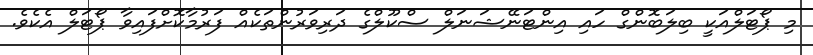
މި ޕޯޓަލްއަކީ ބިލަބޮންގް ހައި އިންޓަނޭޝަނަލް ސްކޫލްގެ ދަރިވަރުންތަކެއް ފަރުމާކޮށްފައިވާ ޕޯޓަލް އެކެވެ.